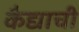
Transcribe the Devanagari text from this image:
कैद्याची